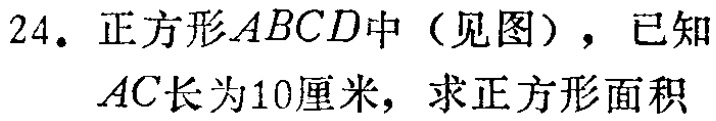
24. 正方形\(ABCD\)中（见图），已知\(AC\)长为10厘米，求正方形面积